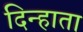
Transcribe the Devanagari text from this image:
दिन्हाता